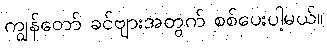
ကျွန်တော် ခင်ဗျားအတွက် စစ်ပေးပါ့မယ်။